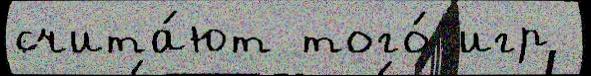
счита́ют того́ игр